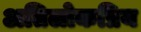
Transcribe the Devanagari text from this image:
अतिलोकप्रिय